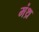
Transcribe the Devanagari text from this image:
मंथ्र